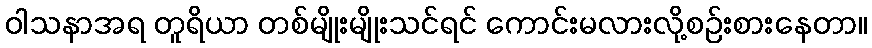
ဝါသနာအရ တူရိယာ တစ်မျိုးမျိုးသင်ရင် ကောင်းမလားလို့စဉ်းစားနေတာ။